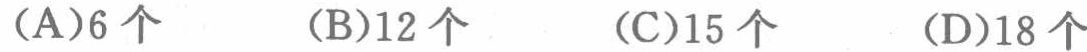
(A)6个  (B)12个  (C)15个  (D)18个